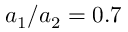
a _ { 1 } / a _ { 2 } = 0 . 7